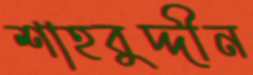
শাহবুদ্দীন